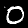
Label: 0